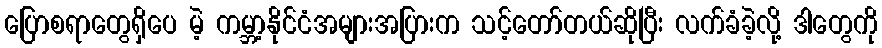
ပြောစရာတွေရှိပေ မဲ့ ကမ္ဘာ့နိုင်ငံအများအပြားက သင့်တော်တယ်ဆိုပြီး လက်ခံခဲ့လို့ ဒါတွေကို